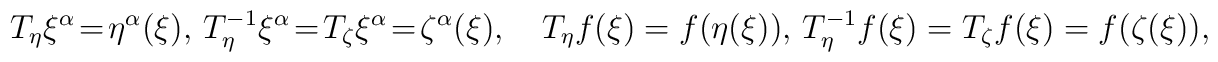
T_\eta\xi^\alpha\!=\!\eta^\alpha(\xi),\,T_\eta^{-1}\xi^\alpha\!=\!T_\zeta\xi^\alpha\!=\!\zeta^\alpha(\xi),\quad T_\eta f (\xi) =f(\eta(\xi)),\,T_\eta^{-1}f(\xi)=T_\zeta f(\xi)=f(\zeta(\xi)),